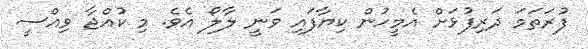
ފުރަތަމަ ދަރިފުޅަށް އެމީހުން ކިޔާފައި ވަނީ ލާލޯ އެވެ. މި ކުއްޖާ ވިއްސީ